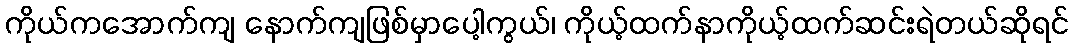
ကိုယ်ကအောက်ကျ နောက်ကျဖြစ်မှာပေါ့ကွယ်၊ ကိုယ့်ထက်နာကိုယ့်ထက်ဆင်းရဲတယ်ဆိုရင်